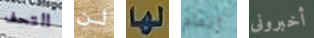
التحف لن لها إتمام أخبرونى